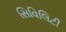
સિવિલિટી